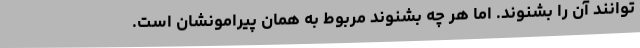
توانند آن را بشنوند. اما هر چه بشنوند مربوط به همان پیرامونشان است.